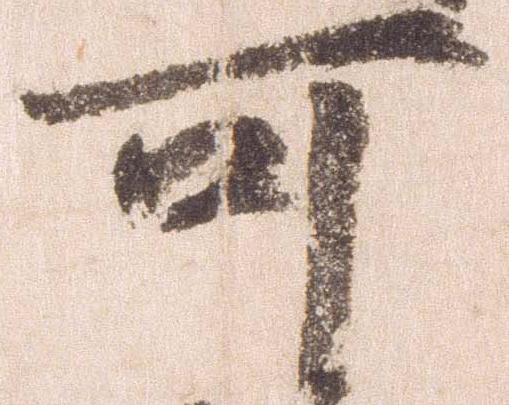
可